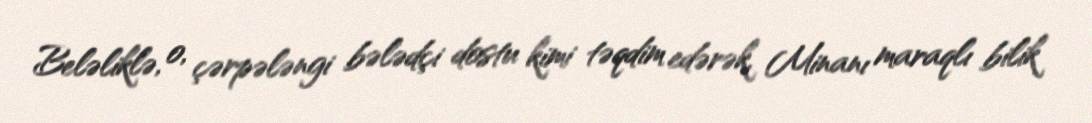
Beləliklə, o, çərpələngi bələdçi dostu kimi təqdim edərək, Minanı maraqlı bilik